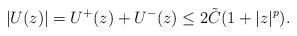
LaTeX: \begin{align*}|U(z)|=U^+(z)+U^-(z) \le 2\tilde{C}(1+|z|^{p}).\end{align*}